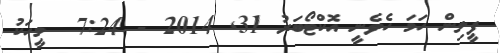
ފީލިން ހަމަ ހެވެނީ އޮކްޓޯބަރު 31